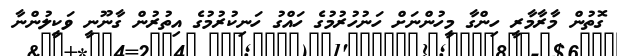
ގޮތުން މާރާމާރީ ހިންގާ މީހުންނަށް ހަނުހުރުމުގެ ހައްގު ހަނިކުރުމުގެ އިތުރުން ގާނޫނީ ވަކީލުންނާ